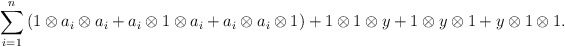
\begin{align*}\sum_{i=1}^n{(1 \otimes a_i \otimes a_i +a_i \otimes 1 \otimes a_i + a_i \otimes a_i \otimes 1)} + 1 \otimes 1 \otimes y + 1 \otimes y \otimes 1 + y \otimes 1 \otimes 1. \end{align*}